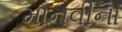
માનવીના